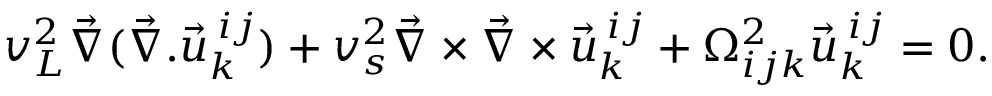
v _ { L } ^ { 2 } \vec { \nabla } ( \vec { \nabla } . \vec { u } _ { k } ^ { \: i j } ) + v _ { s } ^ { 2 } \vec { \nabla } \times \vec { \nabla } \times \vec { u } _ { k } ^ { \: i j } + \Omega _ { i j k } ^ { 2 } \vec { u } _ { k } ^ { \: i j } = 0 .